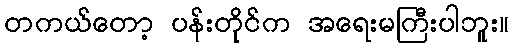
တကယ်တော့ ပန်းတိုင်က အရေးမကြီးပါဘူး။